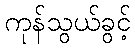
ကုန်သွယ်ခွင့်